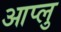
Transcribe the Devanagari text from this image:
आप्लु